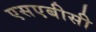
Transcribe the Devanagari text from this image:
एसएबीसी